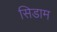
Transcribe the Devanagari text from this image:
सिडाम